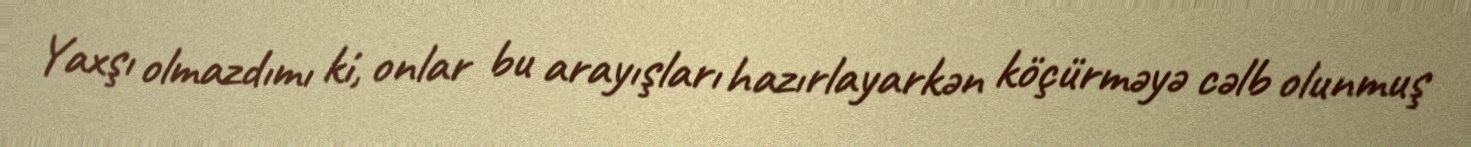
Yaxşı olmazdımı ki, onlar bu arayışları hazırlayarkən köçürməyə cəlb olunmuş